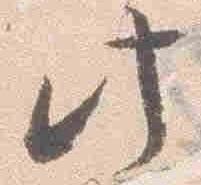
此